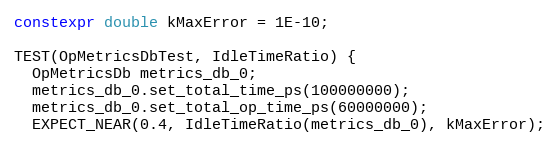
Language: C++
constexpr double kMaxError = 1E-10;

TEST(OpMetricsDbTest, IdleTimeRatio) {
  OpMetricsDb metrics_db_0;
  metrics_db_0.set_total_time_ps(100000000);
  metrics_db_0.set_total_op_time_ps(60000000);
  EXPECT_NEAR(0.4, IdleTimeRatio(metrics_db_0), kMaxError);